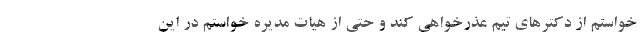
خواستم از دکترهای تیم عذرخواهی کند و حتی از هیات مدیره خواستم در این